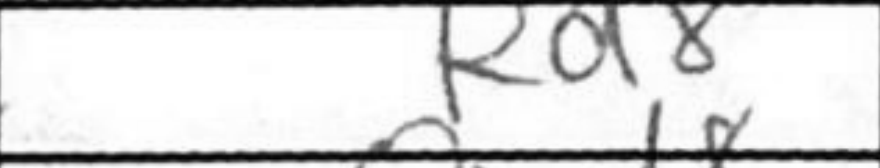
Transcription: Rd8